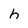
Character: h